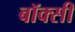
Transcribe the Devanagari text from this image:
बॉक्सी